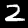
Digit: 2